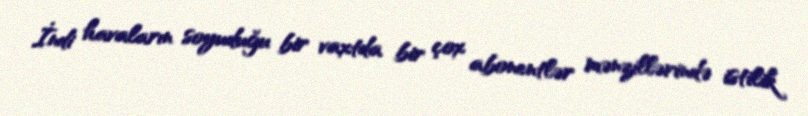
İndi havaların soyuduğu bir vaxtda bir çox abonentlər mənzillərində istilik